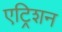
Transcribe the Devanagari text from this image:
एट्रिशन